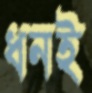
ধনই